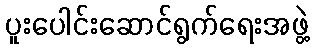
ပူးပေါင်းဆောင်ရွက်ရေးအဖွဲ့